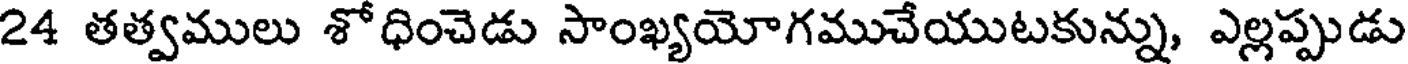
24 తత్వములు శోధించెడు సాంఖ్యయోగముచేయుటకున్ను, ఎల్లప్పుడు